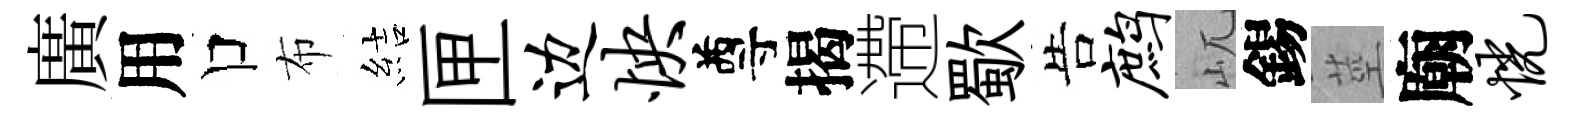
廣用口布結匣边怏尊揭遰歜告鹧屼錫莖廟恍